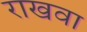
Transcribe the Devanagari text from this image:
राखवा